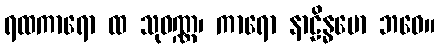
ရထကာရော ထ သုဝဏ္ဏ၊ ကာရော နာဠိန္ဓမော ဘဝေ။